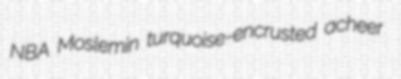
NBA Moslemin turquoise-encrusted acheer